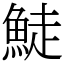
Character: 鯐